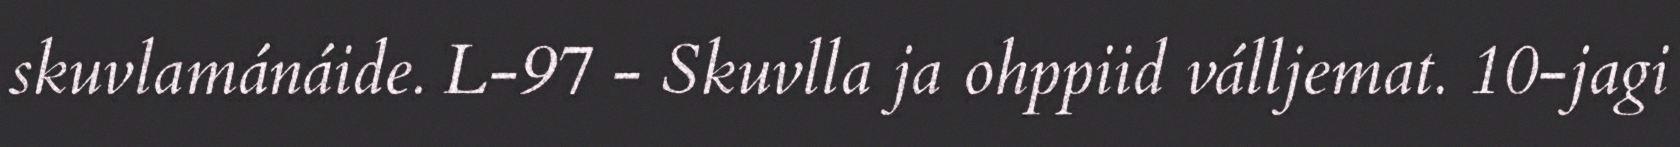
skuvlamánáide. L-97 - Skuvlla ja ohppiid válljemat. 10-jagi